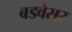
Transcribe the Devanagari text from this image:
बडवेसर